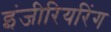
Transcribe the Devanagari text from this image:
इंजीरियरिंग